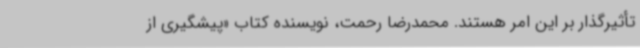
تأثیرگذار بر این امر هستند. محمدرضا رحمت، نویسنده کتاب «پیشگیری از